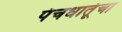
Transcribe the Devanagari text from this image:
पंचधातूंचा